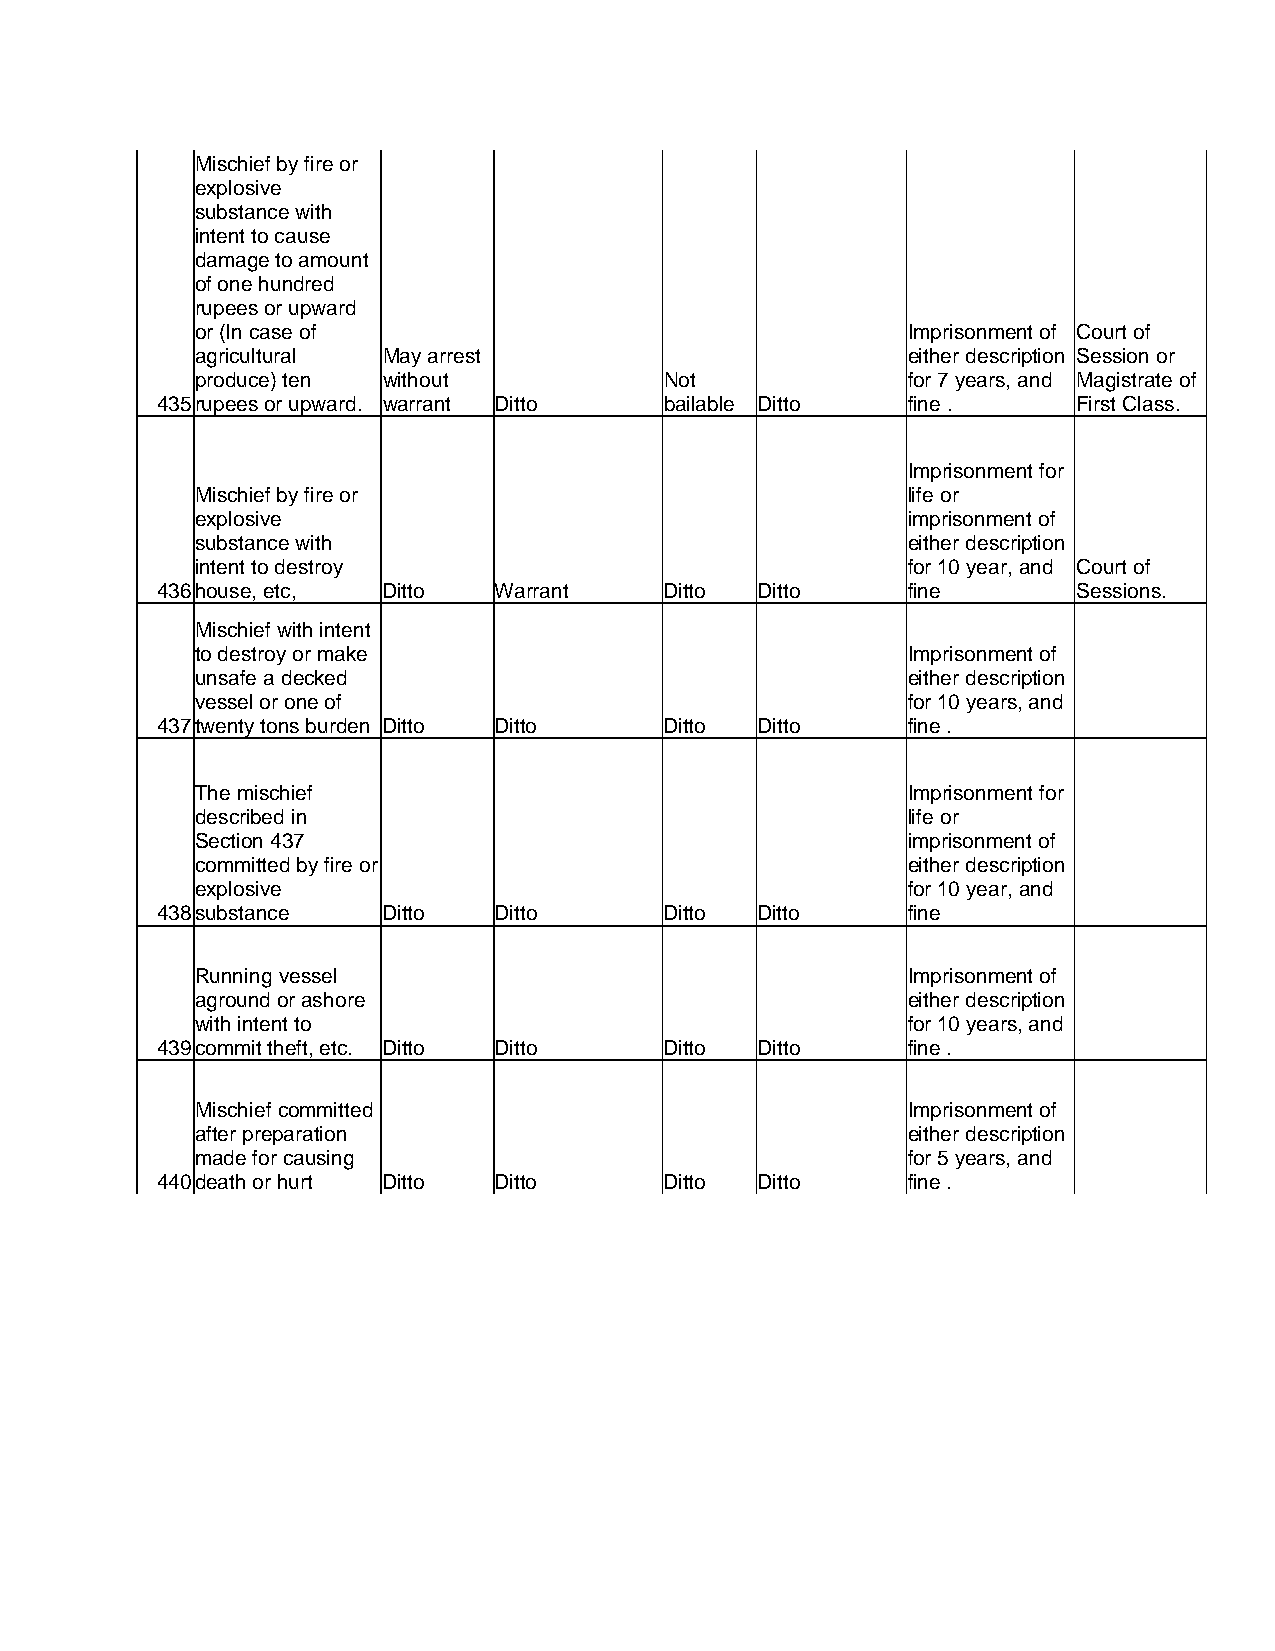
Mischief by fire or
 explosive
 substance with
 intent to cause
 damage to amount
 of one hundred
 rupees or upward
 or (In case of                                 Imprisonment of Court of
 agricultural May arrest                        either description Session or
 produce) ten without           Not             for 7 years, and Magistrate of
 435 rupees or upward. warrant Ditto bailable Ditto fine .    First Class.
 Imprisonment for
 Mischief by fire or                            life or
 explosive                                      imprisonment of
 substance with                                 either description
 intent to destroy                              for 10 year, and Court of
 436 house, etc, Ditto  Warrant    Ditto Ditto     fine       Sessions.
 Mischief with intent
 to destroy or make                             Imprisonment of
 unsafe a decked                                either description
 vessel or one of                               for 10 years, and
 437 twenty tons burden Ditto Ditto Ditto Ditto    fine .
 The mischief                                   Imprisonment for
 described in                                   life or
 Section 437                                    imprisonment of
 committed by fire or                           either description
 explosive                                      for 10 year, and
 438 substance  Ditto   Ditto      Ditto Ditto     fine
 Running vessel                                 Imprisonment of
 aground or ashore                              either description
 with intent to                                 for 10 years, and
 439 commit theft, etc. Ditto Ditto Ditto Ditto    fine .
 Mischief committed                             Imprisonment of
 after preparation                              either description
 made for causing                               for 5 years, and
 440 death or hurt Ditto Ditto     Ditto Ditto     fine .